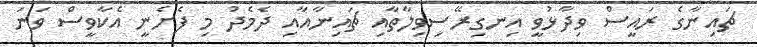
ޗައިނާގެ ރައީސް ވިދާޅުވީ އިނގިރޭސިވިލާތާއި ޗައިނާއާއި ދެމެދު މި ފެށެނީ އެކާވީސް ވަނަ